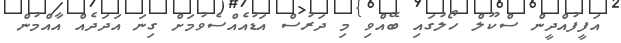
އަފީފުއްދީން ސްކޫލް ހޯލުގައި ބޭއްވި މި ދަރުސް އަޑުއެއްސެވުމަށް ގިނަ އަދަދެއް އާއްމުން